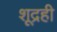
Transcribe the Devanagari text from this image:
शूद्रही